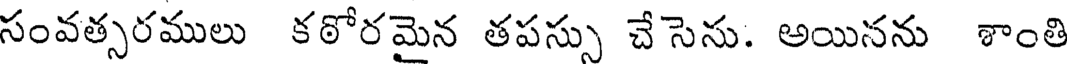
సంవత్సరములు కఠోరమైన తపస్సు చేసెను. అయినను శాంతి